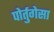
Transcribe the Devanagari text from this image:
पोर्तुगेसा